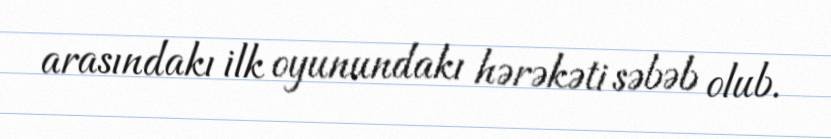
arasındakı ilk oyunundakı hərəkəti səbəb olub.